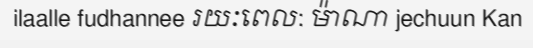
ilaalle fudhannee រយៈពេល: ម៉ាណា jechuun Kan